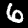
Label: 6